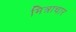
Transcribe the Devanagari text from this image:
मित्राचार